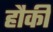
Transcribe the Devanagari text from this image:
हौकी